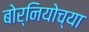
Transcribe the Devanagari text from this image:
बोर्नियोच्या